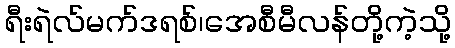
ရီးရဲလ်မက်ဒရစ်၊အေစီမီလန်တို့ကဲ့သို့